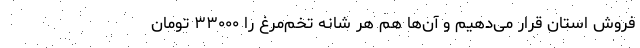
فروش استان قرار می‌دهیم و آن‌ها هم هر شانه تخم‌مرغ را ۳۳۰۰۰ تومان